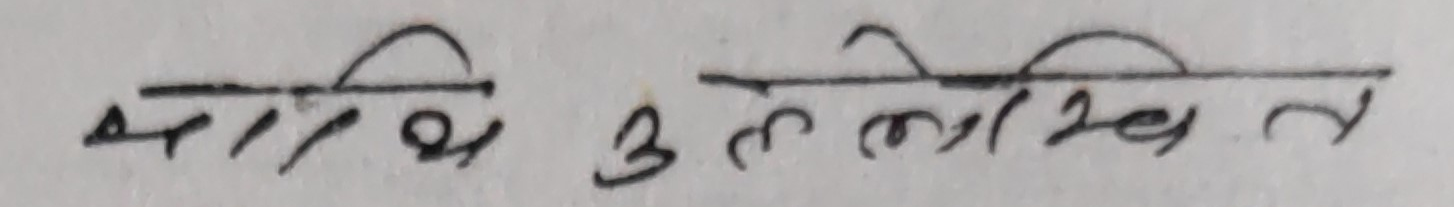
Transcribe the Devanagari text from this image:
भारिथ उल्लेखित